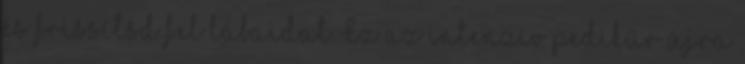
és frissítsd fel lábaidat Ez az intenzív pedikűr újra